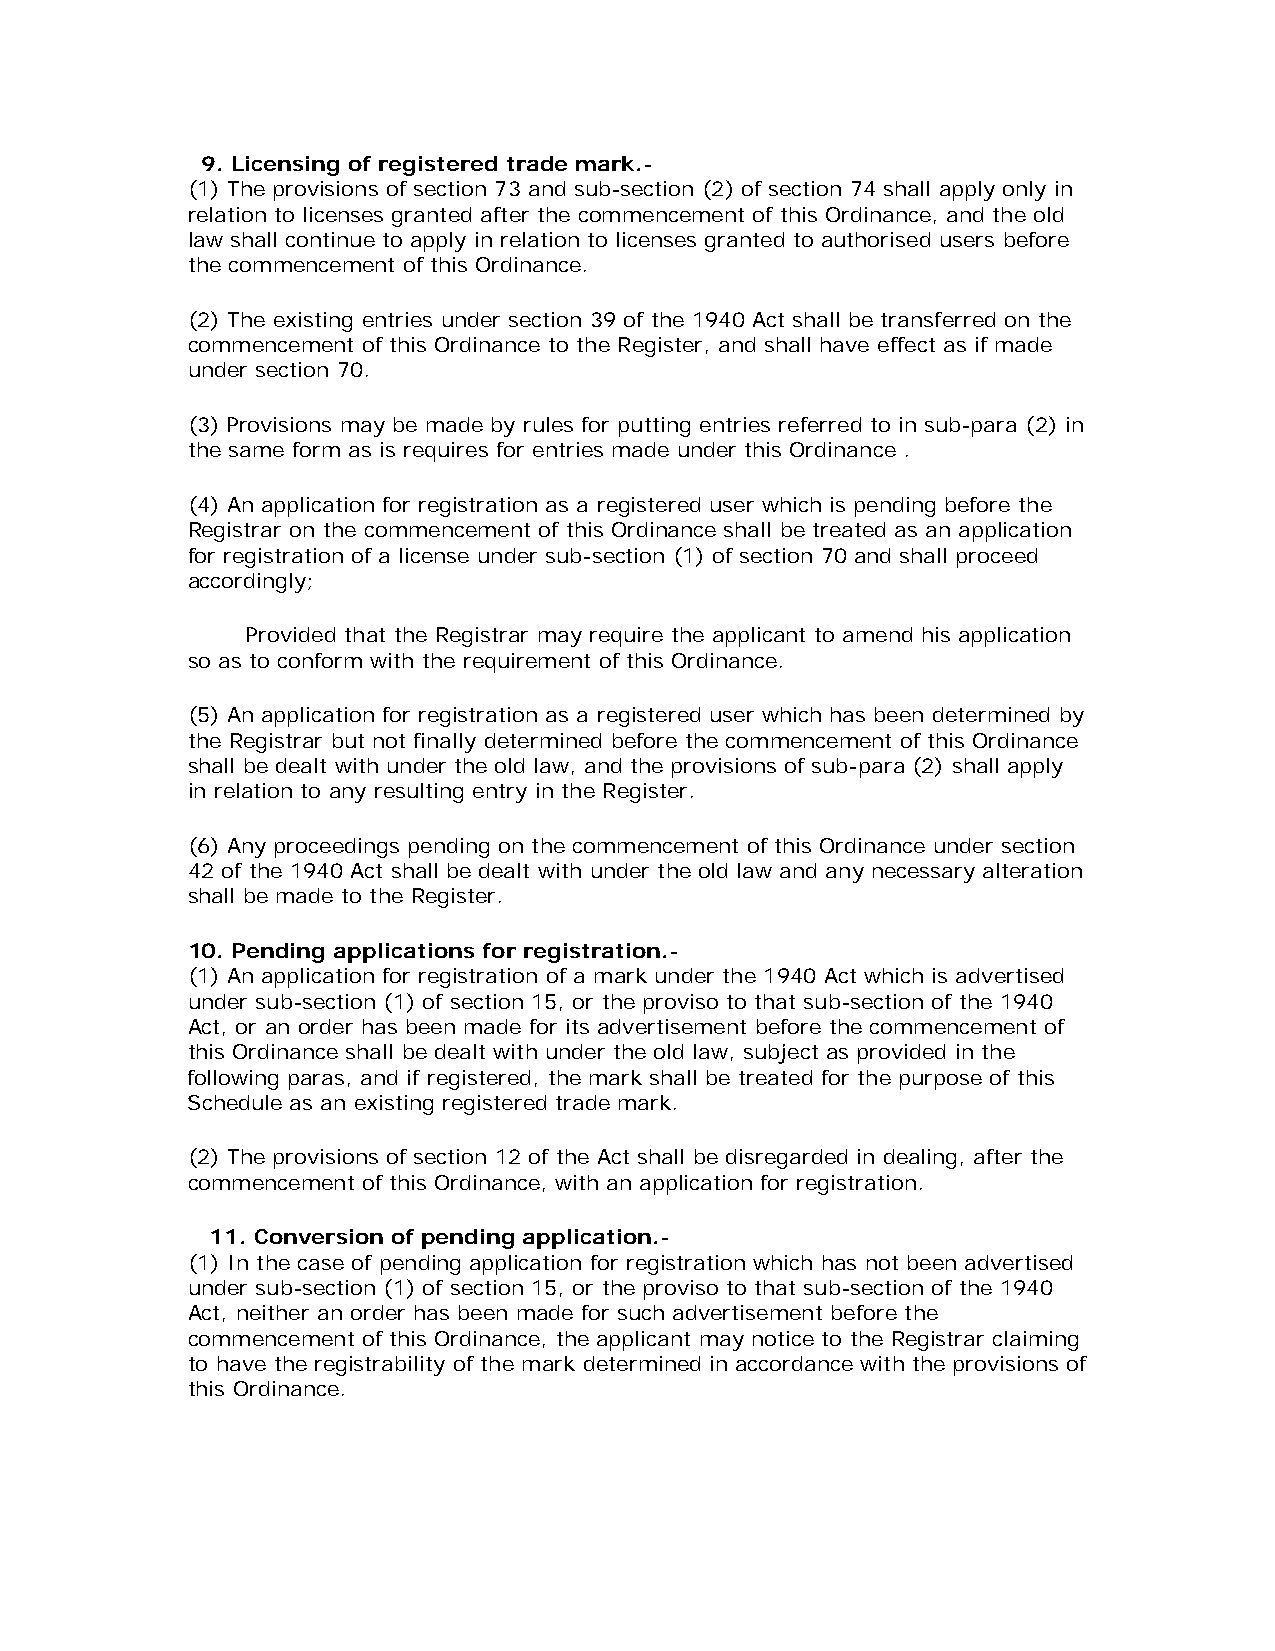
9. Licensing of registered trade mark.-
 (1) The provisions of section 73 and sub-section (2) of section 74 shall apply only in
 relation to licenses granted after the commencement of this Ordinance, and the old
 law shall continue to apply in relation to licenses granted to authorised users before
 the commencement of this Ordinance.
 (2) The existing entries under section 39 of the 1940 Act shall be transferred on the
 commencement of this Ordinance to the Register, and shall have effect as if made
 under section 70.
 (3) Provisions may be made by rules for putting entries referred to in sub-para (2) in
 the same form as is requires for entries made under this Ordinance .
 (4) An application for registration as a registered user which is pending before the
 Registrar on the commencement of this Ordinance shall be treated as an application
 for registration of a license under sub-section (1) of section 70 and shall proceed
 accordingly;
 Provided that the Registrar may require the applicant to amend his application
 so as to conform with the requirement of this Ordinance.
 (5) An application for registration as a registered user which has been determined by
 the Registrar but not finally determined before the commencement of this Ordinance
 shall be dealt with under the old law, and the provisions of sub-para (2) shall apply
 in relation to any resulting entry in the Register.
 (6) Any proceedings pending on the commencement of this Ordinance under section
 42 of the 1940 Act shall be dealt with under the old law and any necessary alteration
 shall be made to the Register.
 10. Pending applications for registration.-
 (1) An application for registration of a mark under the 1940 Act which is advertised
 under sub-section (1) of section 15, or the proviso to that sub-section of the 1940
 Act, or an order has been made for its advertisement before the commencement of
 this Ordinance shall be dealt with under the old law, subject as provided in the
 following paras, and if registered, the mark shall be treated for the purpose of this
 Schedule as an existing registered trade mark.
 (2) The provisions of section 12 of the Act shall be disregarded in dealing, after the
 commencement of this Ordinance, with an application for registration.
 11. Conversion of pending application.-
 (1) In the case of pending application for registration which has not been advertised
 under sub-section (1) of section 15, or the proviso to that sub-section of the 1940
 Act, neither an order has been made for such advertisement before the
 commencement of this Ordinance, the applicant may notice to the Registrar claiming
 to have the registrability of the mark determined in accordance with the provisions of
 this Ordinance.